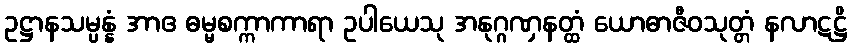
ဥဋ္ဌာနသမ္ပန္နံ အာဧ ဓမ္မစက္ကာကာရာ ဥပါယေသု အနုဂ္ဂဏှနတ္ထံ ယောဓာဇီဝသုတ္တံ နလာဋဋ္ဌိ